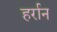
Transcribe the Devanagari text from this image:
हर्रान